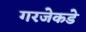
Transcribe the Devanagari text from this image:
गरजेकडे